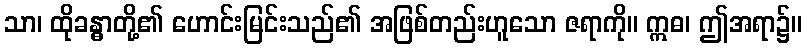
သာ၊ ထိုခန္ဓာတို့၏ ဟောင်းမြင်းသည်၏ အဖြစ်တည်းဟူသော ဇရာကို။ ဣဓ၊ ဤအရာ၌။